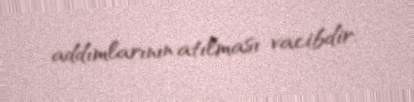
addımlarının atılması vacibdir.